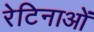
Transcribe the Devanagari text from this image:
रेटिनाओं